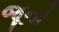
જૂનો